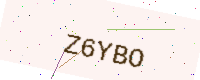
Text: Z6YBO